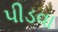
પીડવા